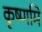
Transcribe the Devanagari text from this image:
कृष्णमि